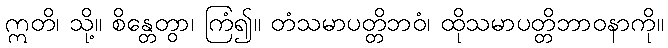
ဣတိ၊ သို့။ စိန္တေတွာ၊ ကြံ၍။ တံသမာပတ္တိဘဝံ၊ ထိုသမာပတ္တိဘာဝနာကို။